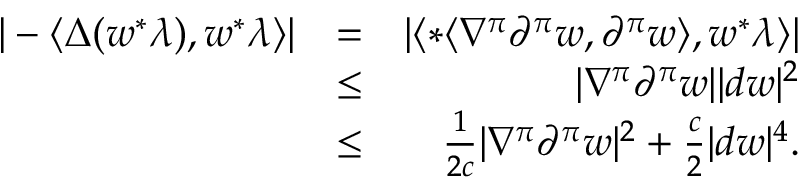
\begin{array} { r l r } { | - \langle \Delta ( w ^ { * } \lambda ) , w ^ { * } \lambda \rangle | } & { = } & { | \langle * \langle \nabla ^ { \pi } \partial ^ { \pi } w , \partial ^ { \pi } w \rangle , w ^ { * } \lambda \rangle | } \\ & { \leq } & { | \nabla ^ { \pi } \partial ^ { \pi } w | | d w | ^ { 2 } } \\ & { \leq } & { \frac { 1 } { 2 c } | \nabla ^ { \pi } \partial ^ { \pi } w | ^ { 2 } + \frac { c } { 2 } | d w | ^ { 4 } . } \end{array}